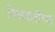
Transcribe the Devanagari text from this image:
मिळकतीच्या